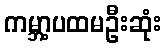
ကမ္ဘာ့ပထမဦးဆုံး